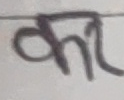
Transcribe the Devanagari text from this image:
काम